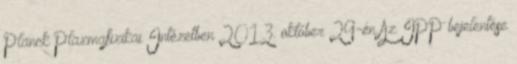
Planck Plazmafizikai Intézetben 2013. október 29-én Az IPP bejelentése